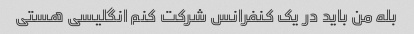
بله من باید در یک کنفرانس شرکت کنم انگلیسی هستی